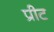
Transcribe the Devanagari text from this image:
प्रीट